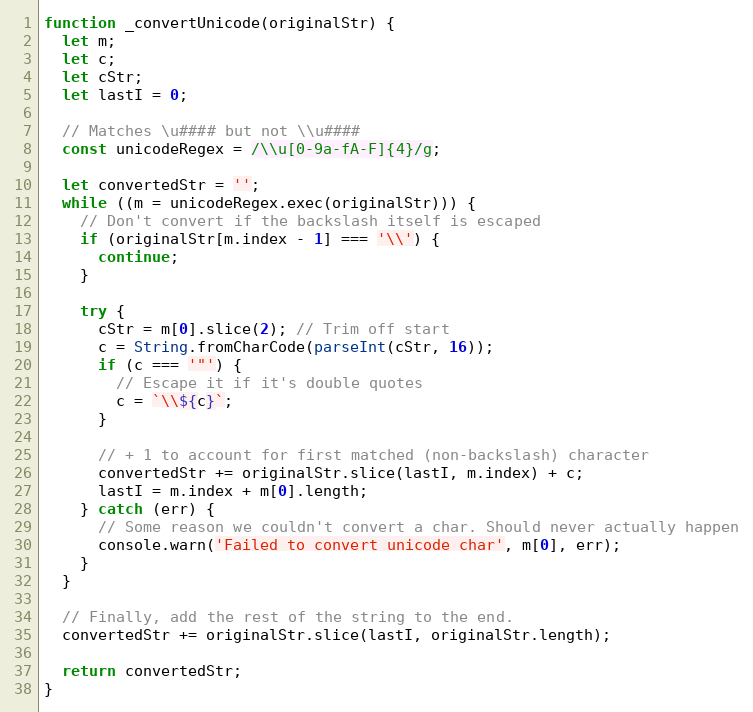
Language: JavaScript
function _convertUnicode(originalStr) {
  let m;
  let c;
  let cStr;
  let lastI = 0;

  // Matches \u#### but not \\u####
  const unicodeRegex = /\\u[0-9a-fA-F]{4}/g;

  let convertedStr = '';
  while ((m = unicodeRegex.exec(originalStr))) {
    // Don't convert if the backslash itself is escaped
    if (originalStr[m.index - 1] === '\\') {
      continue;
    }

    try {
      cStr = m[0].slice(2); // Trim off start
      c = String.fromCharCode(parseInt(cStr, 16));
      if (c === '"') {
        // Escape it if it's double quotes
        c = `\\${c}`;
      }

      // + 1 to account for first matched (non-backslash) character
      convertedStr += originalStr.slice(lastI, m.index) + c;
      lastI = m.index + m[0].length;
    } catch (err) {
      // Some reason we couldn't convert a char. Should never actually happen
      console.warn('Failed to convert unicode char', m[0], err);
    }
  }

  // Finally, add the rest of the string to the end.
  convertedStr += originalStr.slice(lastI, originalStr.length);

  return convertedStr;
}